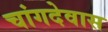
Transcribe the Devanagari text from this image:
चांगदेवास